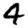
Digit: 4